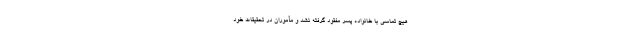
هیچ تماسی با خانواده پسر مفقود گرفته نشد و مأموران در تحقیقات خود